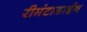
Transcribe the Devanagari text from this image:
रीमंटाडाईन